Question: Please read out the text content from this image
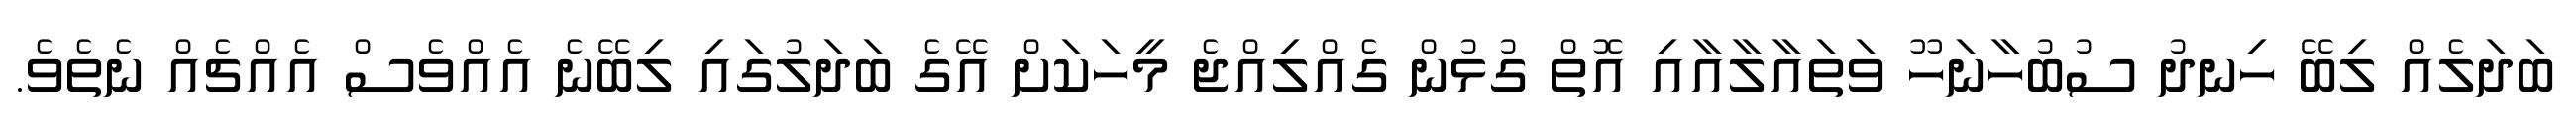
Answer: ބަދަލެއް ލިބޭ ހިނދު ސުބުހާނަހޫ ވަތައާލާއާއި އޮތް ގުޅުން ގެއްލިއްޖެ މީހަކަށް އޭގެ ބަދަލުގައި ލިބޭނެ އެއްވެސް އެއްޗެއް ނެތެވެ.